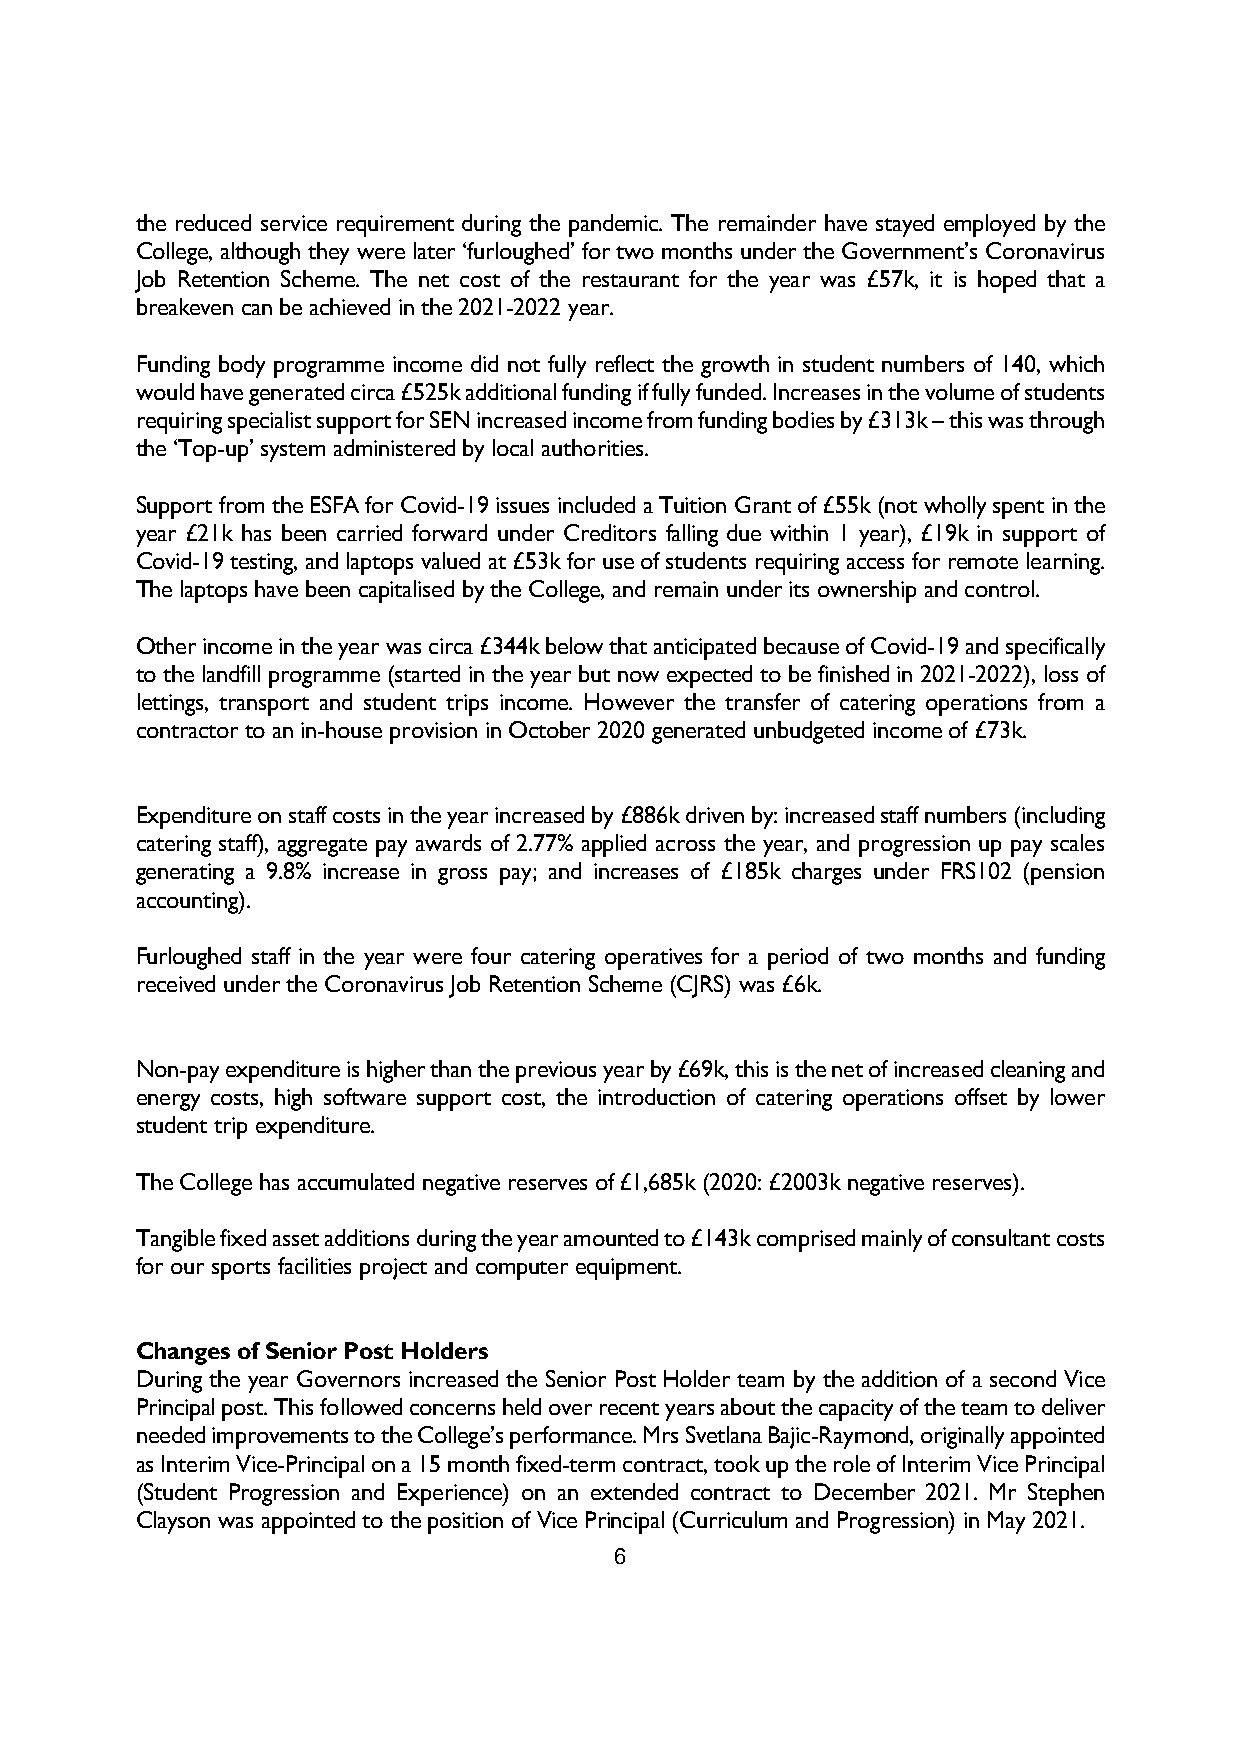
the reduced service requirement during the pandemic. The remainder have stayed employed by the
 College, although they were later ‘furloughed’ for two months under the Government’s Coronavirus
 Job Retention Scheme. The net cost of the restaurant for the year was £57k, it is hoped that a
 breakeven can be achieved in the 2021-2022 year.
 Funding body programme income did not fully reflect the growth in student numbers of 140, which
 would have generated circa £525k additional funding if fully funded. Increases in the volume of students
 requiring specialist support for SEN increased income from funding bodies by £313k – this was through
 the ‘Top-up’ system administered by local authorities.
 Support from the ESFA for Covid-19 issues included a Tuition Grant of £55k (not wholly spent in the
 year £21k has been carried forward under Creditors falling due within 1 year), £19k in support of
 Covid-19 testing, and laptops valued at £53k for use of students requiring access for remote learning.
 The laptops have been capitalised by the College, and remain under its ownership and control.
 Other income in the year was circa £344k below that anticipated because of Covid-19 and specifically
 to the landfill programme (started in the year but now expected to be finished in 2021-2022), loss of
 lettings, transport and student trips income. However the transfer of catering operations from a
 contractor to an in-house provision in October 2020 generated unbudgeted income of £73k.
 Expenditure on staff costs in the year increased by £886k driven by: increased staff numbers (including
 catering staff), aggregate pay awards of 2.77% applied across the year, and progression up pay scales
 generating a 9.8% increase in gross pay; and increases of £185k charges under FRS102 (pension
 accounting).
 Furloughed staff in the year were four catering operatives for a period of two months and funding
 received under the Coronavirus Job Retention Scheme (CJRS) was £6k.
 Non-pay expenditure is higher than the previous year by £69k, this is the net of increased cleaning and
 energy costs, high software support cost, the introduction of catering operations offset by lower
 student trip expenditure.
 The College has accumulated negative reserves of £1,685k (2020: £2003k negative reserves).
 Tangible fixed asset additions during the year amounted to £143k comprised mainly of consultant costs
 for our sports facilities project and computer equipment.
 Changes of Senior Post Holders
 During the year Governors increased the Senior Post Holder team by the addition of a second Vice
 Principal post. This followed concerns held over recent years about the capacity of the team to deliver
 needed improvements to the College’s performance. Mrs Svetlana Bajic-Raymond, originally appointed
 as Interim Vice-Principal on a 15 month fixed-term contract, took up the role of Interim Vice Principal
 (Student Progression and Experience) on an extended contract to December 2021. Mr Stephen
 Clayson was appointed to the position of Vice Principal (Curriculum and Progression) in May 2021.
 6